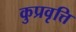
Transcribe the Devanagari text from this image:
कुप्रवृत्ति